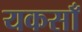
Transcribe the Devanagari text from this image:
यकसाँ